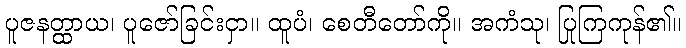
ပူဇနတ္ထာယ၊ ပူဇော်ခြင်းငှာ။ ထူပံ၊ စေတီတော်ကို။ အကံသု၊ ပြုကြကုန်၏။